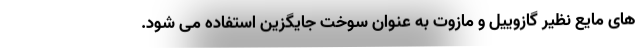
های مایع نظیر گازوییل و مازوت به عنوان سوخت جایگزین استفاده می شود.